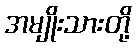
အမျိုးသားတို့